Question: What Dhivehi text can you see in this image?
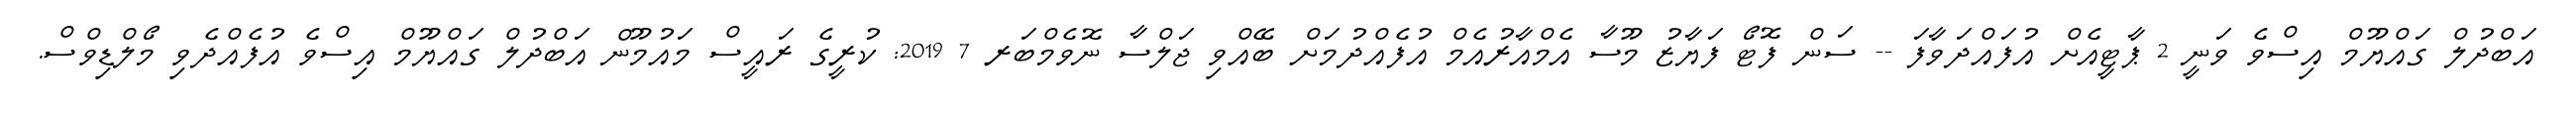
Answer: އަބްދުލް ގައްޔޫމް އިސްވެ ވަނީ 2 ޕާޓީއެށް އުފައްދަވާފަ -- ސަން ފޮޓޯ ފަޔާޒު މޫސާ އެމްއާރުއެމް އުފެއްދުމަށް ބޭއްވި ޖަލްސާ ނޮވެމްބަރ 7 2019: ކުރީގެ ރައީސް މައުމޫން އަބްދުލް ގައްޔޫމް އިސްވެ އުފެއްދެވި މޯލްޑިވްސް.